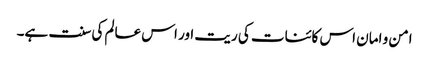
امن و امان اس کائنات کی ریت اور اس عالم کی سنت ہے۔